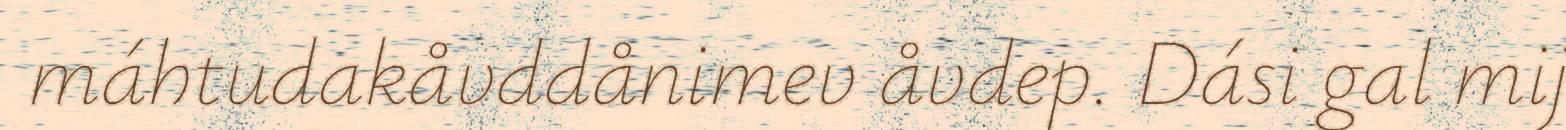
máhtudakåvddånimev åvdep. Dási gal mij